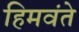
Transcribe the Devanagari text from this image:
हिमवंते